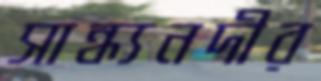
সান্ধ্যনদীর